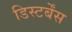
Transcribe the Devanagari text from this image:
डिस्टर्बेंस